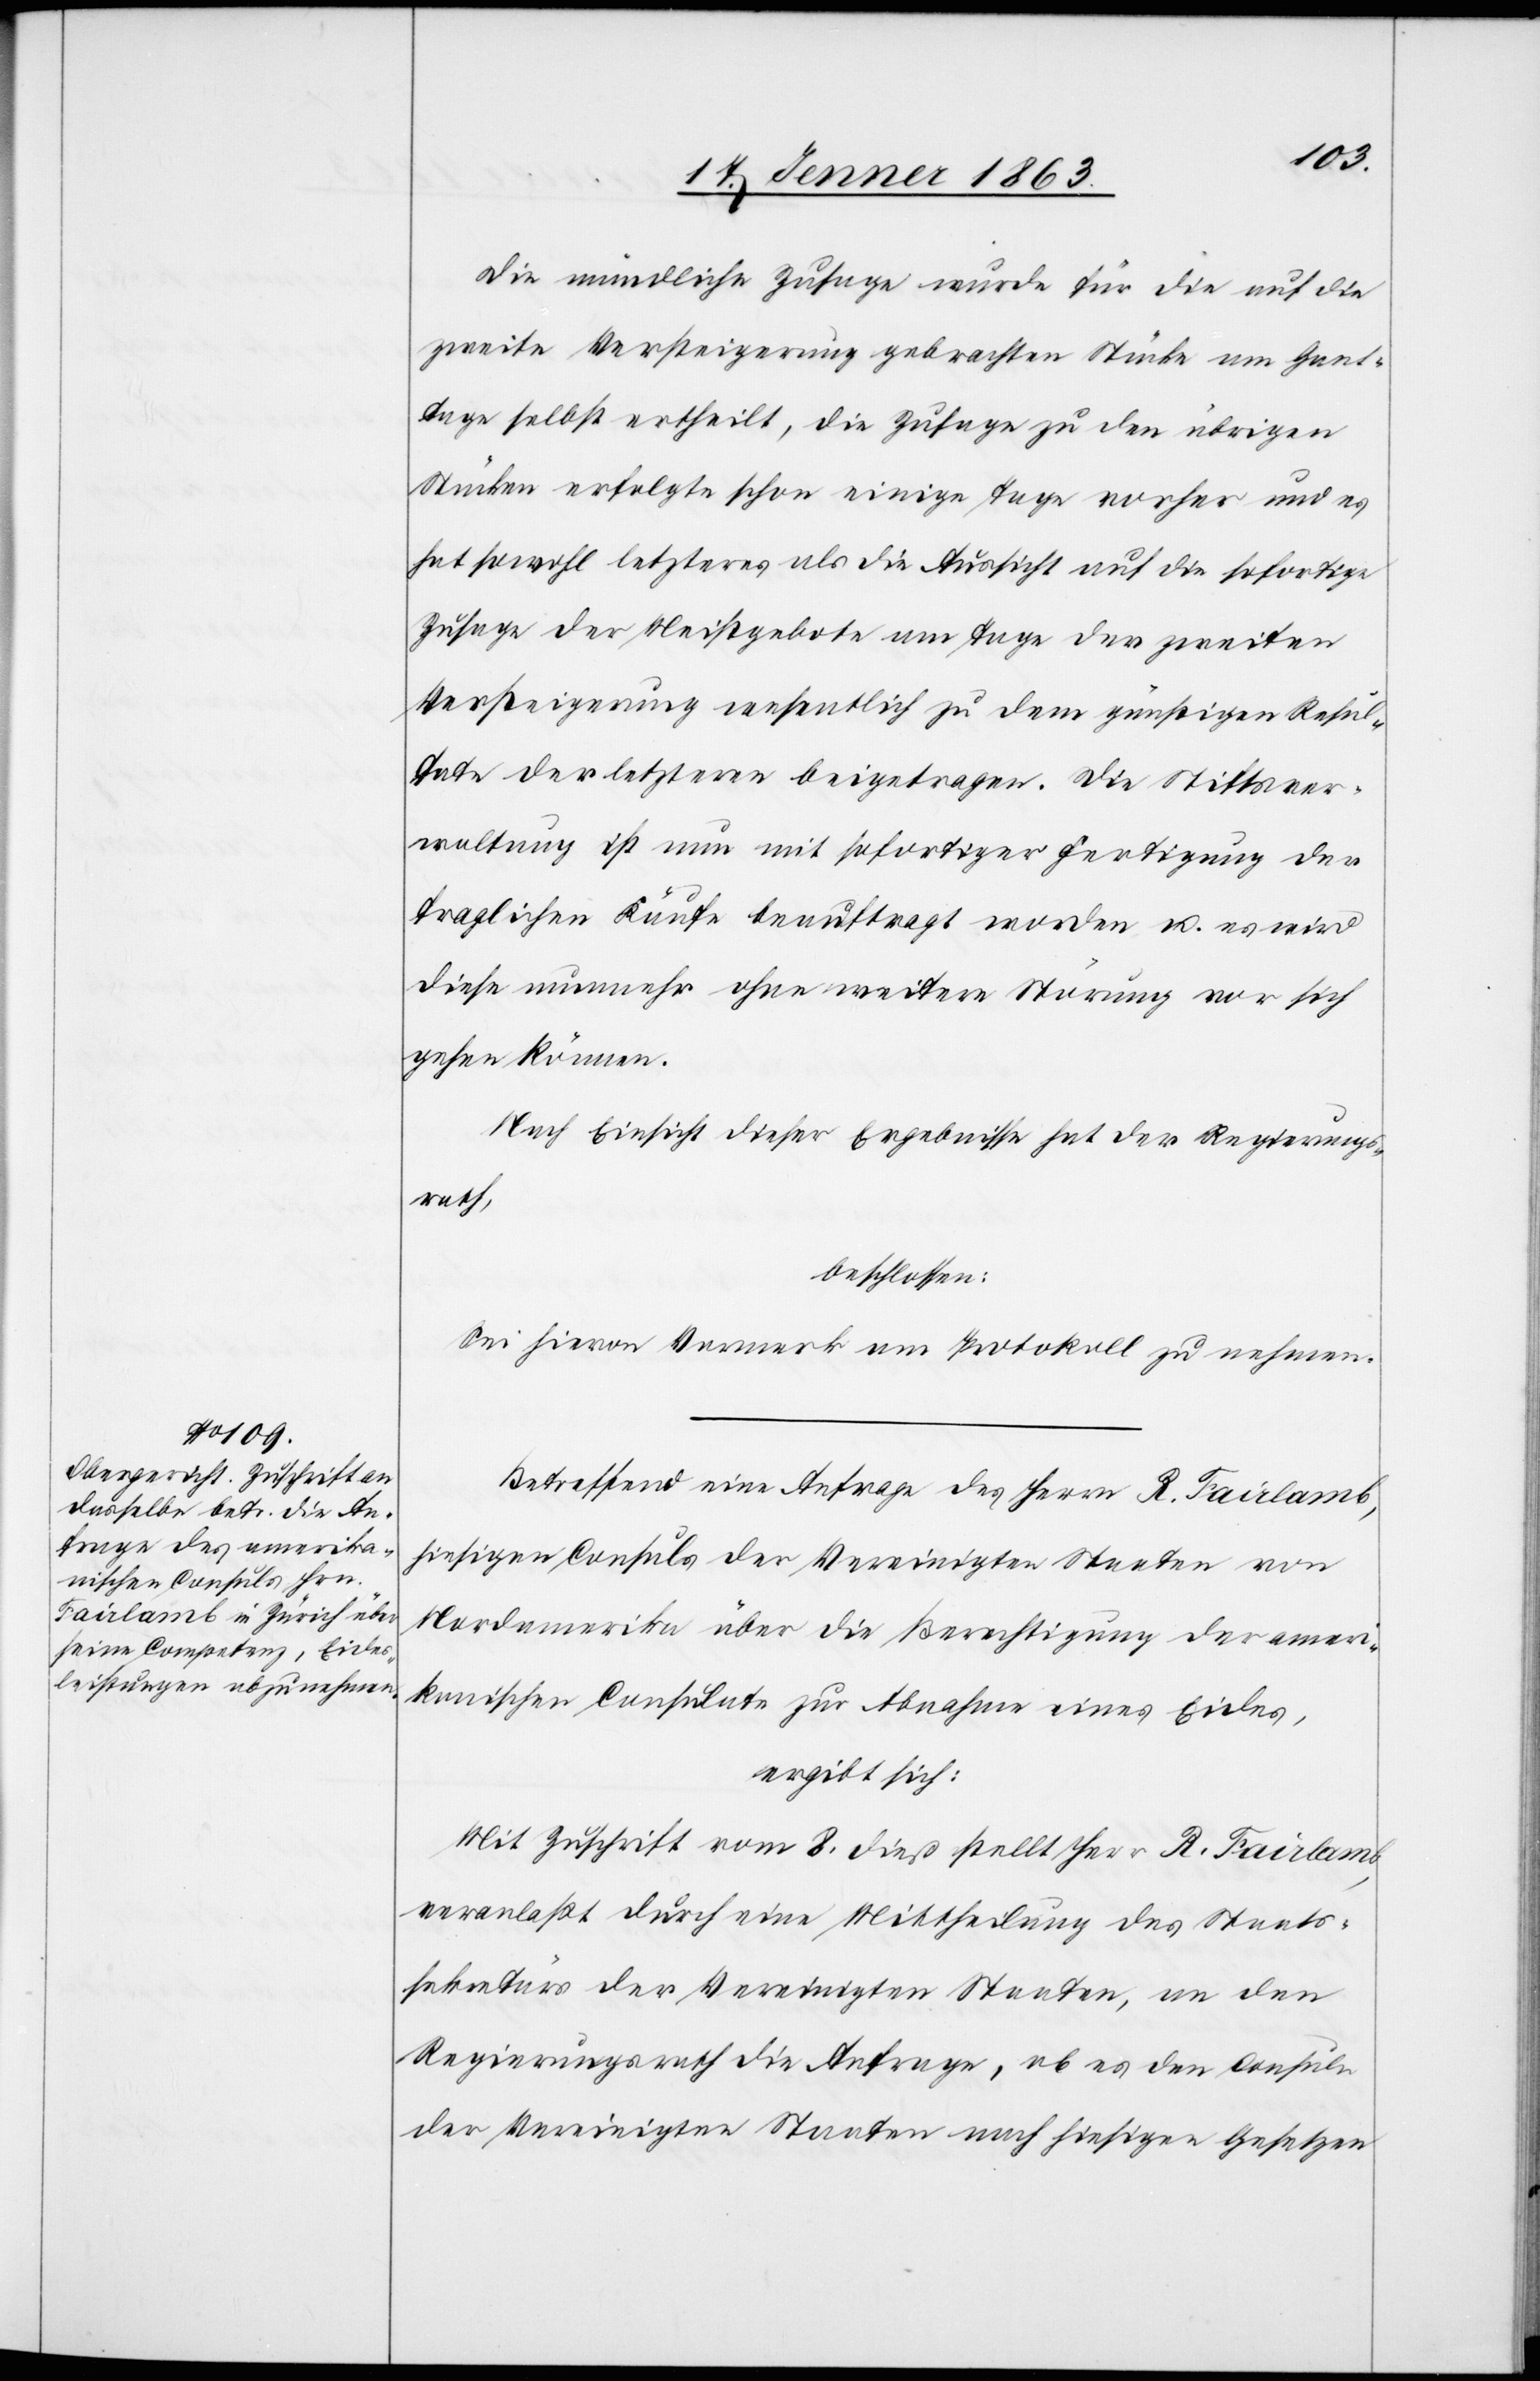
Die mündliche Zusage wurde für die auf die
zweite Versteigerung gebrachten Stücke am Gant¬
tage selbst ertheilt, die Zusage zu den übrigen
Stücken erfolgte schon einige Tage vorher und es
hat sowohl letzteres als die Aussicht auf die sofortige
Zusage der Meistgebote am Tage der zweiten
Versteigerung wesentlich zu dem günstigen Resul¬
tate der letzteren beigetragen. Die Stiftsver¬
waltung ist nun mit sofortiger Fertigung der
fraglichen Käufe beauftragt worden u. es wird
diese nunmehr ohne weitere Störung vor sich
gehen können.
Nach Einsicht dieser Ergebnisse hat der Regierungs¬
rath,
beschlossen:
Sei hievon Vormerk am Protokoll zu nehmen.
Betreffend eine Anfrage des Herrn R. Fairlamb,
hiesigen Consuls der Vereinigten Staaten von
Nordamerika über die Berechtigung der ameri¬
kanischen Consulate zur Abnahme eines Eides,
ergibt sich,:
Mit Zuschrift vom 8. dieß stellt Herr R. Fairlamb,
veranlaßt durch eine Mittheilung des Staats¬
sekretärs der Vereinigten Staaten, an den
Regierungsrath die Anfrage, ob es den Consuln
der Vereinigten Staaten nach hiesigen Gesetzen